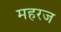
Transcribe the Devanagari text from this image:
महरज